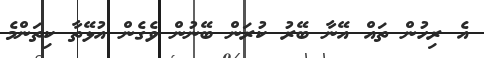
އެ ރިހުން ތައް އޭނާ ބޭރު ކުރަން ބޭނުން ވެގެން އުޅޭތާ ކިތަންމެ